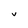
Character: v